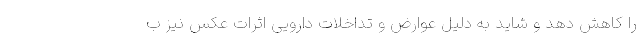
را کاهش دهد و شاید به دلیل عوارض و تداخلات دارویی اثرات عکس نیز ب